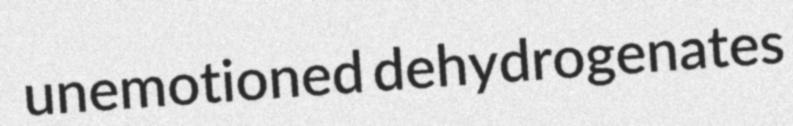
unemotioned dehydrogenates